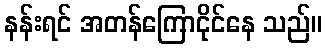
နန်းရင် အတန်ကြောငိုင်နေ သည်။